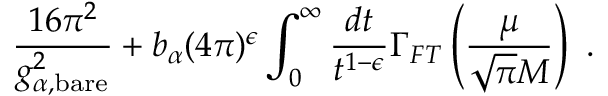
\frac { 1 6 \pi ^ { 2 } } { g _ { \alpha , { \scriptstyle \mathrm { b a r e } } } ^ { 2 } } + b _ { \alpha } ( 4 \pi ) ^ { \epsilon } \int _ { 0 } ^ { \infty } \frac { d t } { t ^ { 1 - \epsilon } } \Gamma _ { F T } \left( \frac { \mu } { \sqrt { \pi } M } \right) \ .